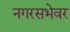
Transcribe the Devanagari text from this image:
नगरसभेवर